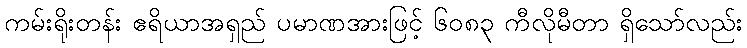
ကမ်းရိုးတန်း ဧရိယာအရှည် ပမာဏအားဖြင့် ၆၀၈၃ ကီလိုမီတာ ရှိသော်လည်း